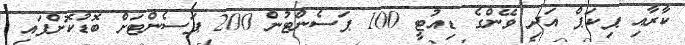
ކާރާއި ޕިކަޕް އަދި ވޭންގެ ޑިއުޓީ 100 ޕަސެންޓުން 200 ޕަސެންޓަށް ބޮޑުކޮށްފައި